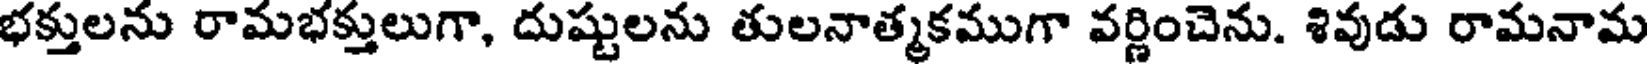
భక్తులను రామభక్తులుగా, దుష్టులను తులనాత్మకముగా వర్ణించెను. శివుడు రామనామ